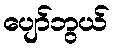
ပျော်ဘွယ်